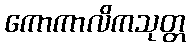
ကောကာလိကသုတ္တ